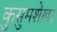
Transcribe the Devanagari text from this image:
कुसुमशेखर